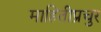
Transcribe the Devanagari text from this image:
माहितीप्रचुर